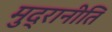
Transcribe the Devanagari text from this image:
मुद्रानीति